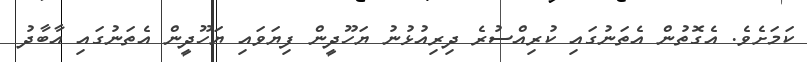
ކަމަށެވެ. އެގޮތުން އެތަނުގައި ކުރިއްސުރެ ދިރިއުޅުނު ޔަހޫދީން ފިޔަވައި ޔަހޫދީން އެތަނުގައި އާބާދު